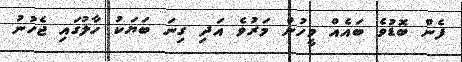
ފެން ބޮޑުވެ ބައެއް މީހުން މަރުވެ އަދި ގިނަ ބަޔަކު ހާލުގައި ޖެހުނު